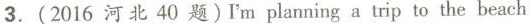
3.(2016河北40题)I'm planning a trip to the beach